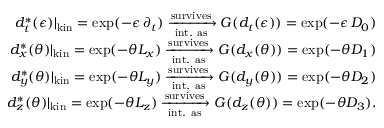
\begin{array} { r } { d _ { t } ^ { * } ( \epsilon ) \vert _ { \mathrm { k i n } } = \mathrm { e x p } ( - \epsilon \, \partial _ { t } ) \xrightarrow [ \mathrm { i n t . ~ a s } ] { \mathrm { s u r v i v e s } } G ( d _ { t } ( \epsilon ) ) = \mathrm { e x p } ( - \epsilon \, D _ { 0 } ) } \\ { d _ { x } ^ { * } ( \theta ) \vert _ { \mathrm { k i n } } = \mathrm { e x p } ( - \theta L _ { x } ) \xrightarrow [ \mathrm { i n t . ~ a s } ] { \mathrm { s u r v i v e s } } G ( d _ { x } ( \theta ) ) = \mathrm { e x p } ( - \theta D _ { 1 } ) } \\ { d _ { y } ^ { * } ( \theta ) \vert _ { \mathrm { k i n } } = \mathrm { e x p } ( - \theta L _ { y } ) \xrightarrow [ \mathrm { i n t . ~ a s } ] { \mathrm { s u r v i v e s } } G ( d _ { y } ( \theta ) ) = \mathrm { e x p } ( - \theta D _ { 2 } ) } \\ { d _ { z } ^ { * } ( \theta ) \vert _ { \mathrm { k i n } } = \mathrm { e x p } ( - \theta L _ { z } ) \xrightarrow [ \mathrm { i n t . ~ a s } ] { \mathrm { s u r v i v e s } } G ( d _ { z } ( \theta ) ) = \mathrm { e x p } ( - \theta D _ { 3 } ) . } \end{array}